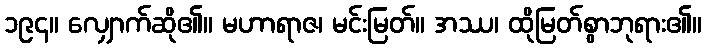
၁၉၄။ လျှောက်ဆို၏။ မဟာရာဇ၊ မင်းမြတ်။ အဿ၊ ထိုမြတ်စွာဘုရား၏။